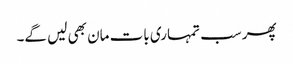
پھر سب تمہاری بات مان بھی لیں گے۔